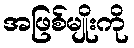
အဖြစ်မျိုးကို